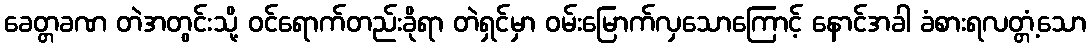
ခေတ္တခဏ တဲအတွင်းသို့ ဝင်ရောက်တည်းခိုရာ တဲရှင်မှာ ဝမ်းမြောက်လှသောကြောင့် နောင်အခါ ခံစားရလတ္တံ့သော